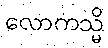
လောကသ္မိ